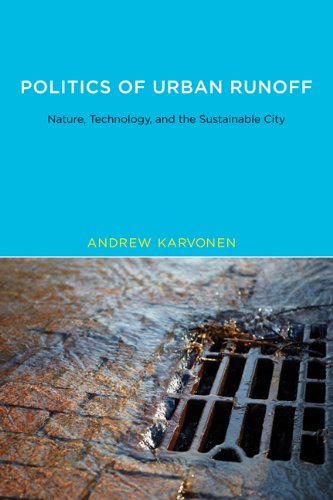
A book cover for Politics of Urban Runoff: Nature, Technology, and the Sustainable City (Urban and Industrial Environments); Andrew Karvonen; Science & Math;